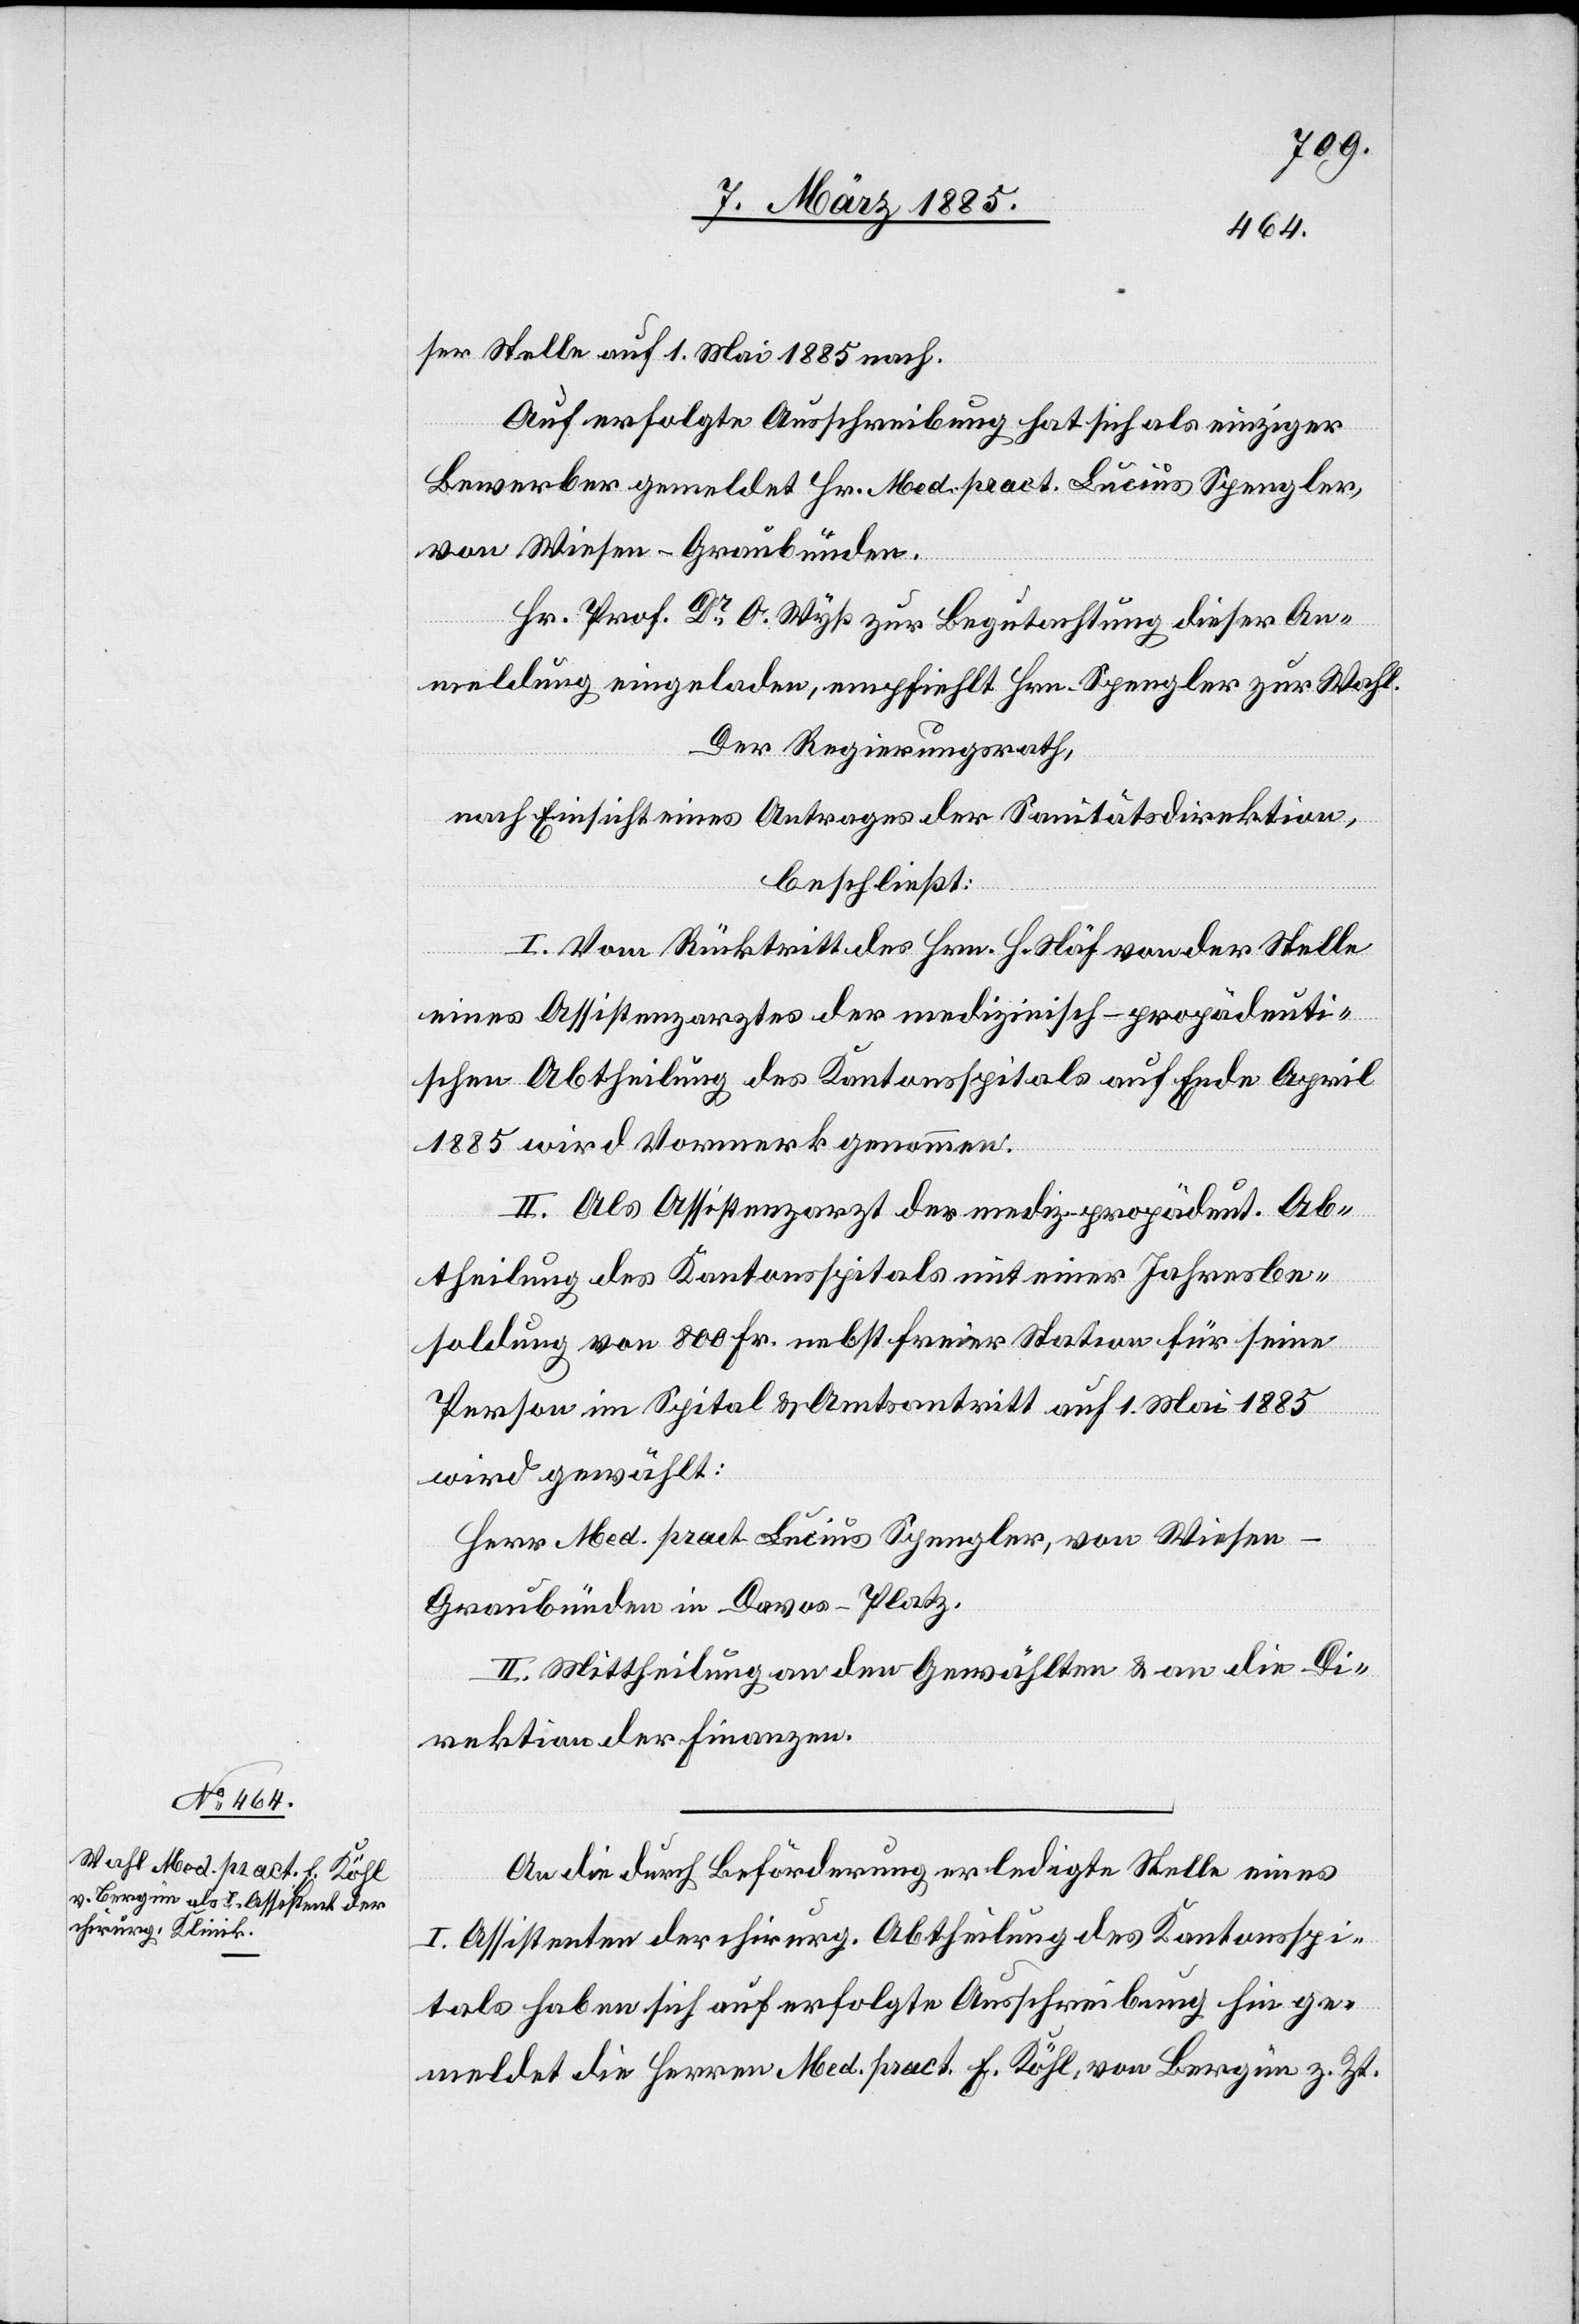
ser Stelle auf 1. Mai 1885 nach.
Auf erfolgte Ausschreibung hat sich als einziger
Bewerber gemeldet Hr. Med. pract. Lucius Spengler,
von Wiesen - Graubünden.
Hr. Prof. Dr O. Wyß zur Begutachtung dieser An¬
meldung eingeladen, empfiehlt Hrn. Spengler zur Wahl.
Der Regierungsrath,
nach Einsicht eines Antrages der Sanitätsdirektion,
beschließt:
I. Vom Rücktritt des Hrn. H. Näf von der Stelle
eines Assistenzarztes der medizinisch-propädeuti¬
schen Abtheilung des Kantonsspitals auf Ende April
1885 wird Vormerk genommen.
II. Als Assistenzarzt des mediz.-propädeut. Ab¬
theilung des Kantonsspitals mit einer Jahresbe¬
soldung von 800 Fr. nebst freier Station für seine
Person im Spital & Amtsantritt auf 1. Mai 1885
wird gewählt:
Herr Med. pract. Lucius Spengler, von Wiesen
Graubünden in Davos-Platz.
II. Mittheilung an den Gewählten & an die Di¬
rektion der Finanzen.
An die durch Beförderung erledigte Stelle eines
I. Assistenten der chirurg. Abtheilung des Kantonsspi¬
tals haben sich auf erfolgte Ausschreibung hin ge¬
meldet die Herren Med. pract. E. Köhl, von Bergün z. Zt.